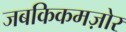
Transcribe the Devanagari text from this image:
जबकिकमज़ोर